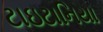
ટાઇટાનિયા